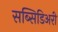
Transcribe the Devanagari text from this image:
सब्सिडिअरी